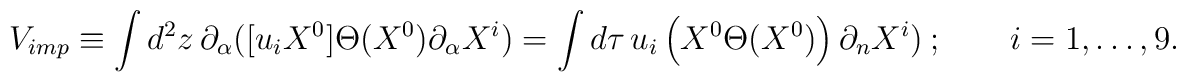
{V}_{imp}\equiv \int d^{2}z\,\partial _{\alpha }([u_{i}X^{0}]\Theta(X^{0})\partial _{\alpha }X^{i})=\int d\tau \,u_{i}\left( X^{0}\Theta(X^{0})\right) \partial _{n}X^{i})~;\qquad i=1,\ldots ,9.